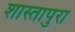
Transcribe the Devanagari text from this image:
शास्तापुरा